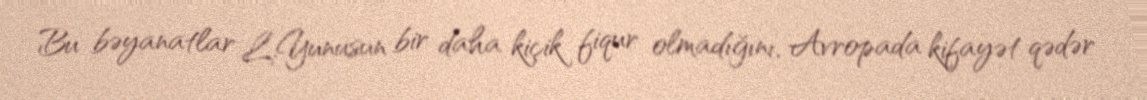
Bu bəyanatlar L.Yunusun bir daha kiçik fiqur olmadığını, Avropada kifayət qədər